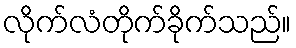
လိုက်လံတိုက်ခိုက်သည်။